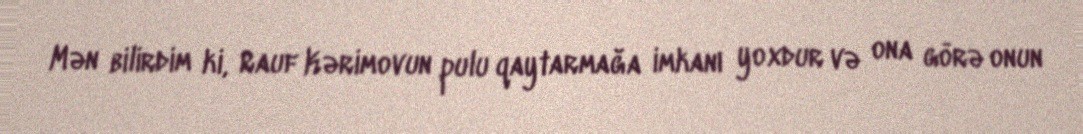
Mən bilirdim ki, Rauf Kərimovun pulu qaytarmağa imkanı yoxdur və ona görə onun